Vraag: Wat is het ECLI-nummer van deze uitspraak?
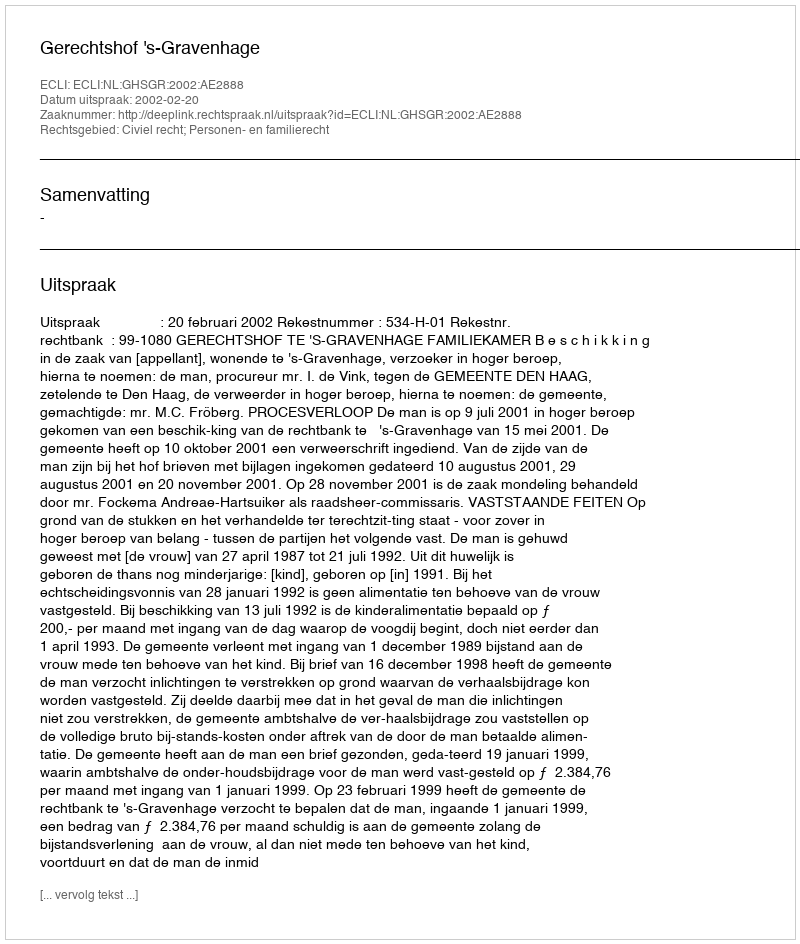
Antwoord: ECLI:NL:GHSGR:2002:AE2888